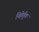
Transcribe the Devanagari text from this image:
निहेर्तुक